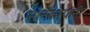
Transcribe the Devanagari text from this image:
मानकऱ्यांनी